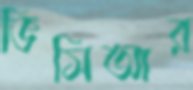
ভিসিআর